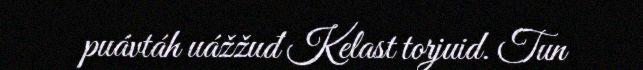
puávtáh uážžuđ Kelast torjuid. Tun